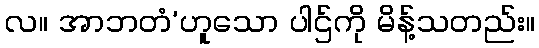
လ။ အာဘတံ’ဟူသော ပါဌ်ကို မိန့်သတည်း။